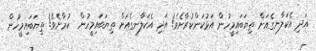
އަދި އެކަލާނގެއަށް ތިޔަބައިމީހުން އަޅުކަންކުރާށެވެ! އަދި އެކަލާނގެއަށް ތިޔަބައިމީހުން  ކުރާށެވެ! ތިޔަބައިމީހުން